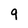
Character: g